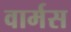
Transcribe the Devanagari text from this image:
वार्मस